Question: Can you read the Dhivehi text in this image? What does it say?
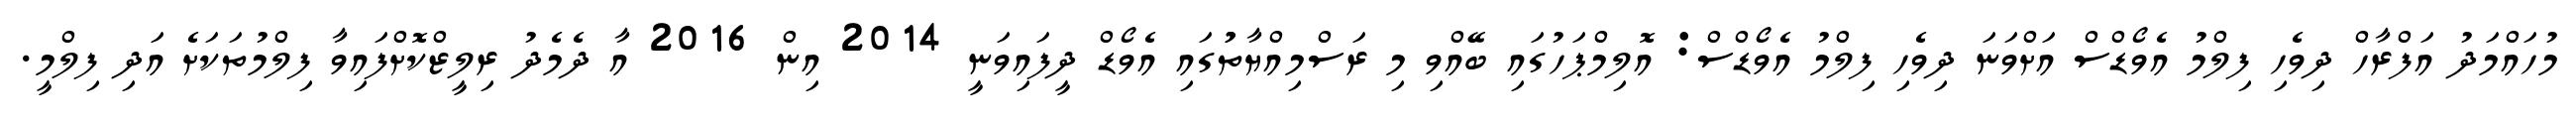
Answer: މުހައްމަދު އަފްރާހް ދިވެހި ފިލްމު އެވޯޑްސް އަށްވަނަ ދިވެހި ފިލްމު އެވޯޑްސް: އޮލިމްޕަހުގައި ބޭއްވި މި ރަސްމިއްޔާތުުގައި އެވޯޑް ދީފައިވަނީ 2014 އިން 2016 އާ ދެމެދު ރިލީޒްކޮށްފައިވާ ފިލްމުތަކަށެ އަދި ފިލްމީ.